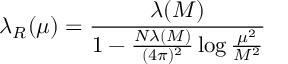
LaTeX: \lambda _ { R } ( \mu ) = \frac { \lambda ( M ) } { 1 - \frac { N \lambda ( M ) } { ( 4 \pi ) ^ { 2 } } \log \frac { \mu ^ { 2 } } { M ^ { 2 } } }